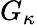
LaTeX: G_{\kappa}